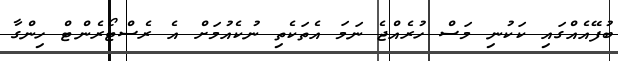
ބުފޭއެއްގައި ކަކުނި މަސް ހުރެއްޖެ ނަމަ އެތަކެތި ނުކެއުމަށް އެ ރެސްޓޯރެންޓް ހިންގާ